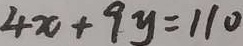
4 x + 9 y = 1 1 0